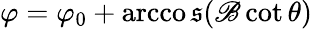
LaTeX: \varphi=\varphi_{0}+\operatorname{arcco\mathfrak{s}}(\mathscr{B}\cot\theta)